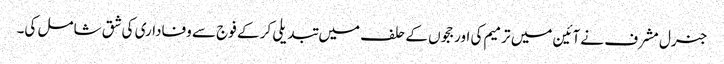
جنرل مشرف نے آئین میں ترمیم کی اور ججوں کے حلف میں تبدیلی کر کے فوج سے وفاداری کی شق شامل کی۔